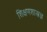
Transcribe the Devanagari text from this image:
शिक्षणशास्त्रज्ञ